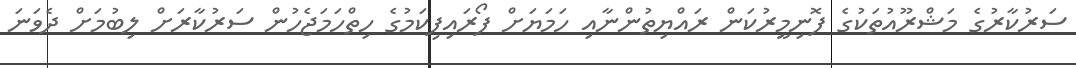
ސަރުކާރުގެ މަޝްރޫއުތަކުގެ ފޮނިމީރުކަން ރައްޔިތުންނާއި ހަމަޔަށް ފޯރައިފިކަމުގެ ހިތްހަމަޖެހުން ސަރުކާރަށް ލިބުމަށް ދެވަނަ